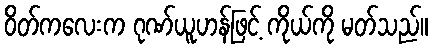
ဝိတ်ကလေးက ဂုဏ်ယူဟန်ဖြင့် ကိုယ်ကို မတ်သည်။